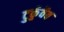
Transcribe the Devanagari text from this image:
टुर्कुवैव